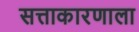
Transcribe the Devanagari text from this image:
सत्ताकारणाला